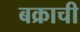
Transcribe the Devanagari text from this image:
बक्राची